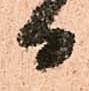
日